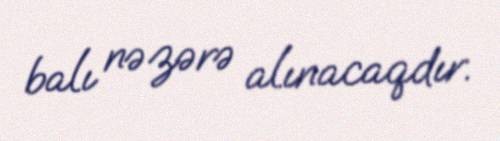
balı nəzərə alınacaqdır.